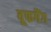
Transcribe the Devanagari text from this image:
वूफगैंग